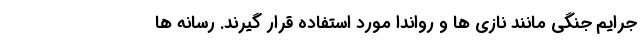
جرایم جنگی مانند نازی ها و رواندا مورد استفاده قرار گیرند. رسانه ها